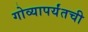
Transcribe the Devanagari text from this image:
गोव्यापर्यंतची